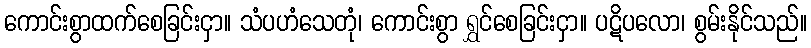
ကောင်းစွာထက်စေခြင်းငှာ။ သံပဟံသေတုံ၊ ကောင်းစွာ ရွှင်စေခြင်းငှာ။ ပဋိပလော၊ စွမ်းနိုင်သည်။